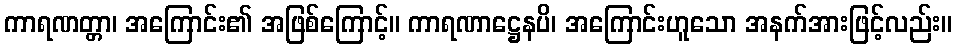
ကာရဏတ္တာ၊ အကြောင်း၏ အဖြစ်ကြောင့်။ ကာရဏာဋ္ဌေနပိ၊ အကြောင်းဟူသော အနက်အားဖြင့်လည်း။